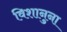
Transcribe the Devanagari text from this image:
विशानुना